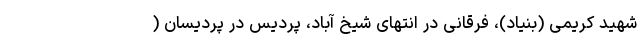
شهید کریمی (بنیاد)، فرقانی در انتهای شیخ آباد، پردیس در پردیسان (